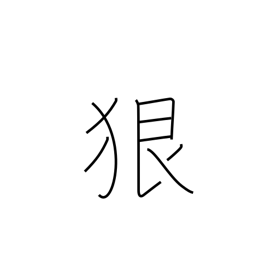
Meaning: severely